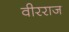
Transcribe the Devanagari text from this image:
वीरराज